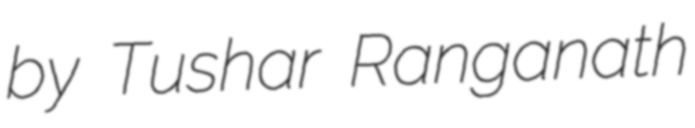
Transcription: by Tushar Ranganath